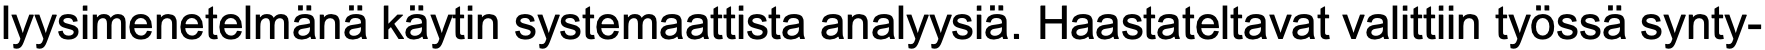
lyysimenetelmänä käytin systemaattista analyysiä. Haastateltavat valittiin työssä synty-